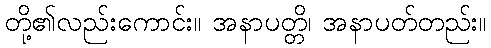
တို့၏လည်းကောင်း။ အနာပတ္တိ၊ အနာပတ်တည်း။